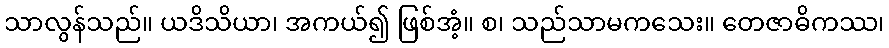
သာလွန်သည်။ ယဒိသိယာ၊ အကယ်၍ ဖြစ်အံ့။ စ၊ သည်သာမကသေး။ တေဇာဓိကဿ၊